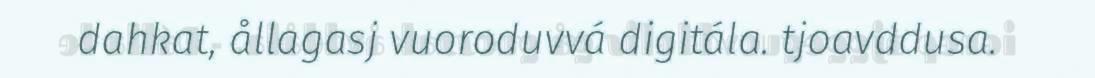
dahkat, ållagasj vuoroduvvá digitála. tjoavddusa.